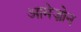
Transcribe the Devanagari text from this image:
आमेज़ोन